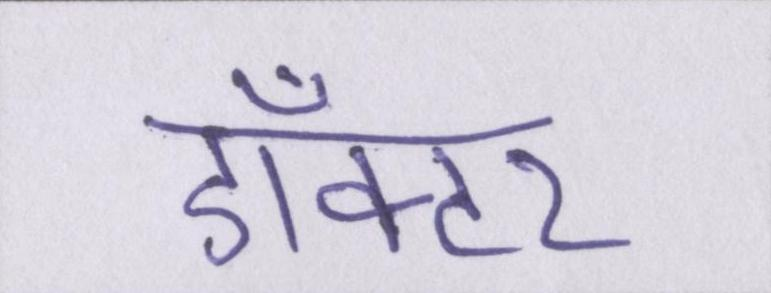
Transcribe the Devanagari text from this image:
डाँक्टर